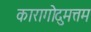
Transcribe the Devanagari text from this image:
कारागोदुमत्तम